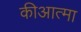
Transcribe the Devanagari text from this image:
कीआत्मा